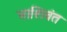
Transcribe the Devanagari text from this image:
नाशिवंत